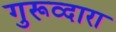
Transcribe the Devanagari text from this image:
गुरूव्‍दारा